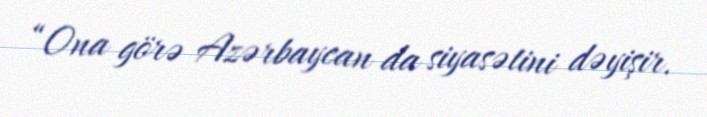
“Ona görə Azərbaycan da siyasətini dəyişir.